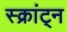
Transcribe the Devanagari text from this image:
स्क्रांट्न